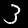
Label: 3